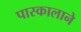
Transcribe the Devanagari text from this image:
पास्कालाने